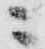
ニ